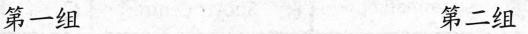
第一组 第二组